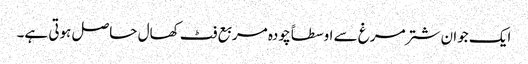
ایک جوان شتر مرغ سے اوسطاً چودہ مربع فٹ کھال حاصل ہوتی ہے۔